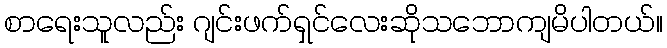
စာရေးသူလည်း ဂျင်းဖက်ရှင်လေးဆိုသဘောကျမိပါတယ်။